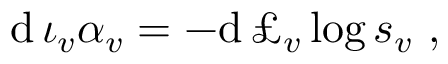
\mathrm { d } \, \iota _ { v } \alpha _ { v } = - \mathrm { d } \, \pounds _ { v } \log s _ { v } \ ,